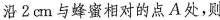
沿2cm与蜂蜜相对的点A处，则